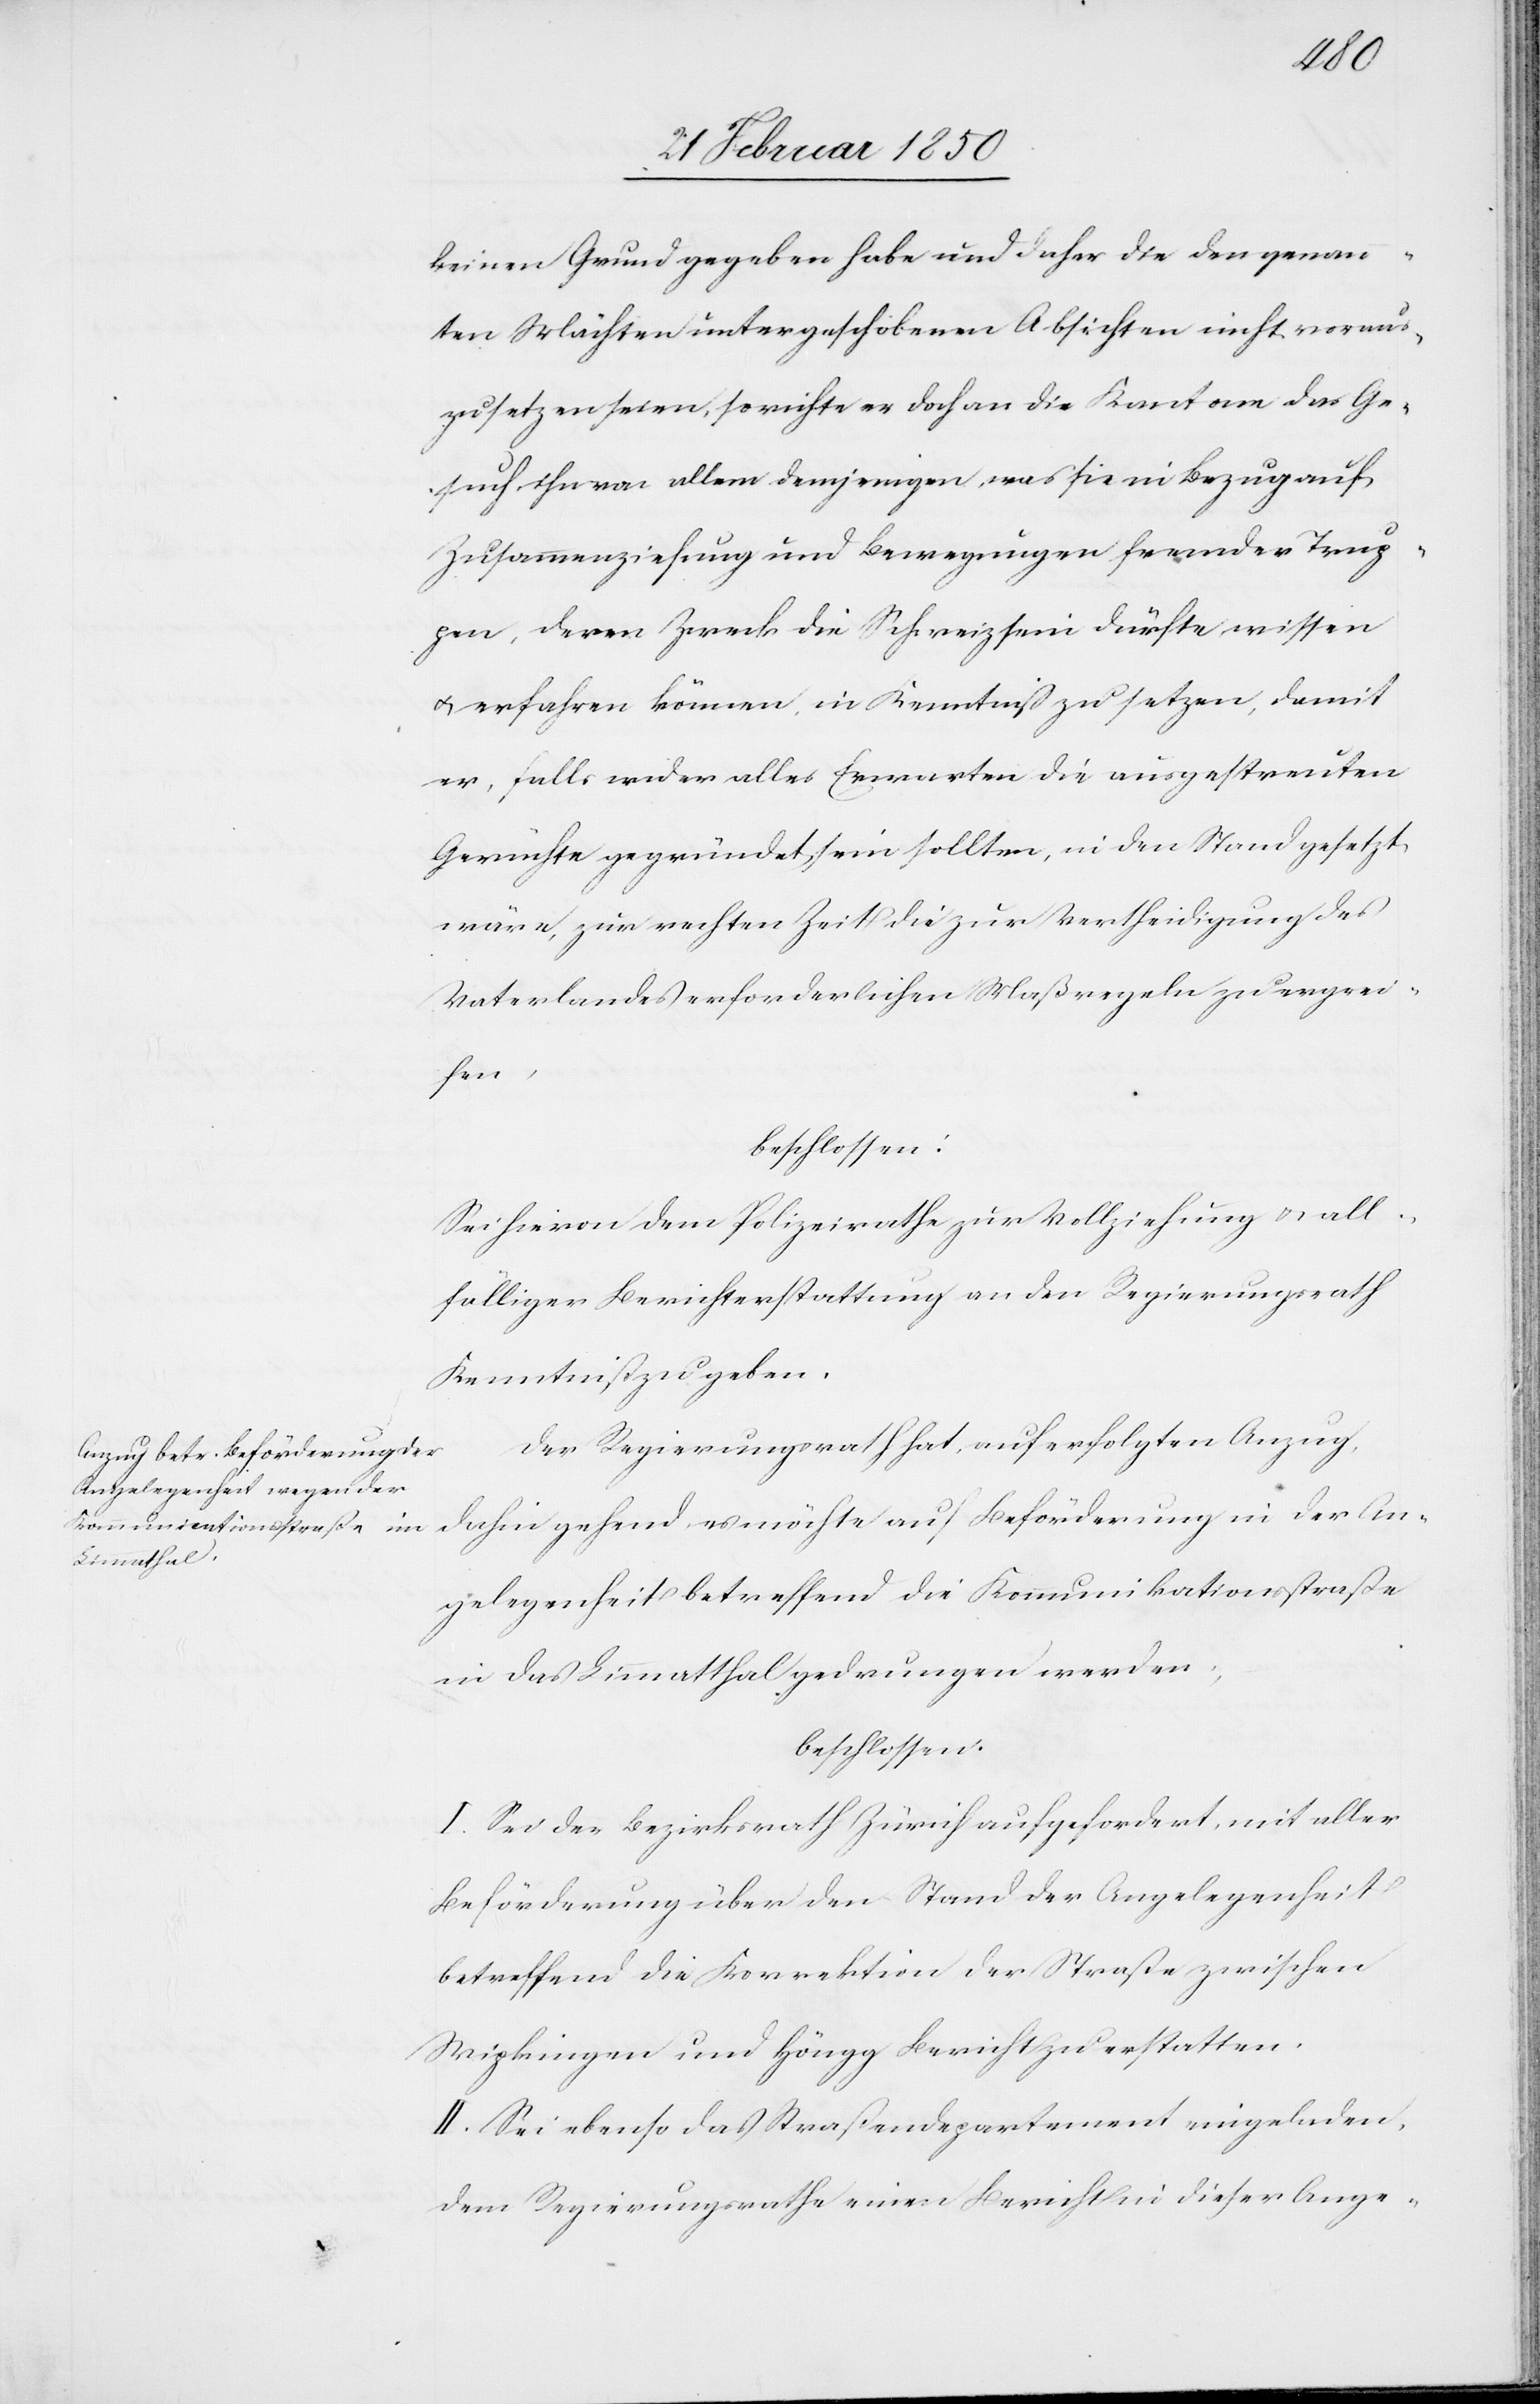
keinen Grund gegeben habe und daher die den genann¬
ten Mächten untergeschobenen Absichten nicht voraus¬
zusetzen seien, so richte er doch an die Kantone das Ge¬
such ihn von allem demjenigen, was sie in Bezug auf
Zusammenziehung und Bewegungen fremder Trup¬
pen, deren Zweck die Schweiz sein dürfte, wissen
u. erfahren können, in Kenntniß zu setzen, damit
er, falls wider alles Erwarten die ausgestreuten
Gerüchte gegründet sein sollten, in den Stand gesetzt
wäre, zur rechten Zeit die zur Vertheidigung des
Vaterlandes erforderlichen Maßregeln zu ergrei¬
fen,
beschlossen:
Sei hievon dem Polizeirathe zur Vollziehung u. all¬
fälliger Berichterstattung an den Regierungsrath
Kenntniß zu geben.
Der Regierungsrath hat, auf erfolgten Anzug,
dahin gehend es möchte auf Beförderung in der An¬
gelegenheit betreffend die Kommunikationsstraße
in das Limmatthal gedrungen werden;
beschlossen:
I. Sei der Bezirksrath Zürich aufgefordert, mit aller
Beförderung über den Stand der Angelegenheit
betreffend die Korrektion der Straße zwischen
Wipkingen und Höngg Bericht zu erstatten.
II. Sei ebenso das Straßendepartement eingeladen,
dem Regierungsrathe einen Bericht in dieser Ange-